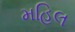
મહિલ